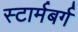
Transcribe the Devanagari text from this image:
स्टार्मबर्ग